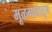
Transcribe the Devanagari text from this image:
मूळगावातून